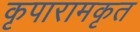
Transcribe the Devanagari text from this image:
कृपारामकृत